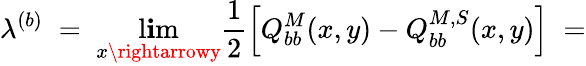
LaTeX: \lambda^{(b)}\; =\; \operatorname*{l\mathbf{i}m}_{x\rightarrowy}\frac{{1}}{{2}}\left[Q_{bb}^{M}(x,y)-Q_{bb}^{M,S}(x,y)\right]\; =